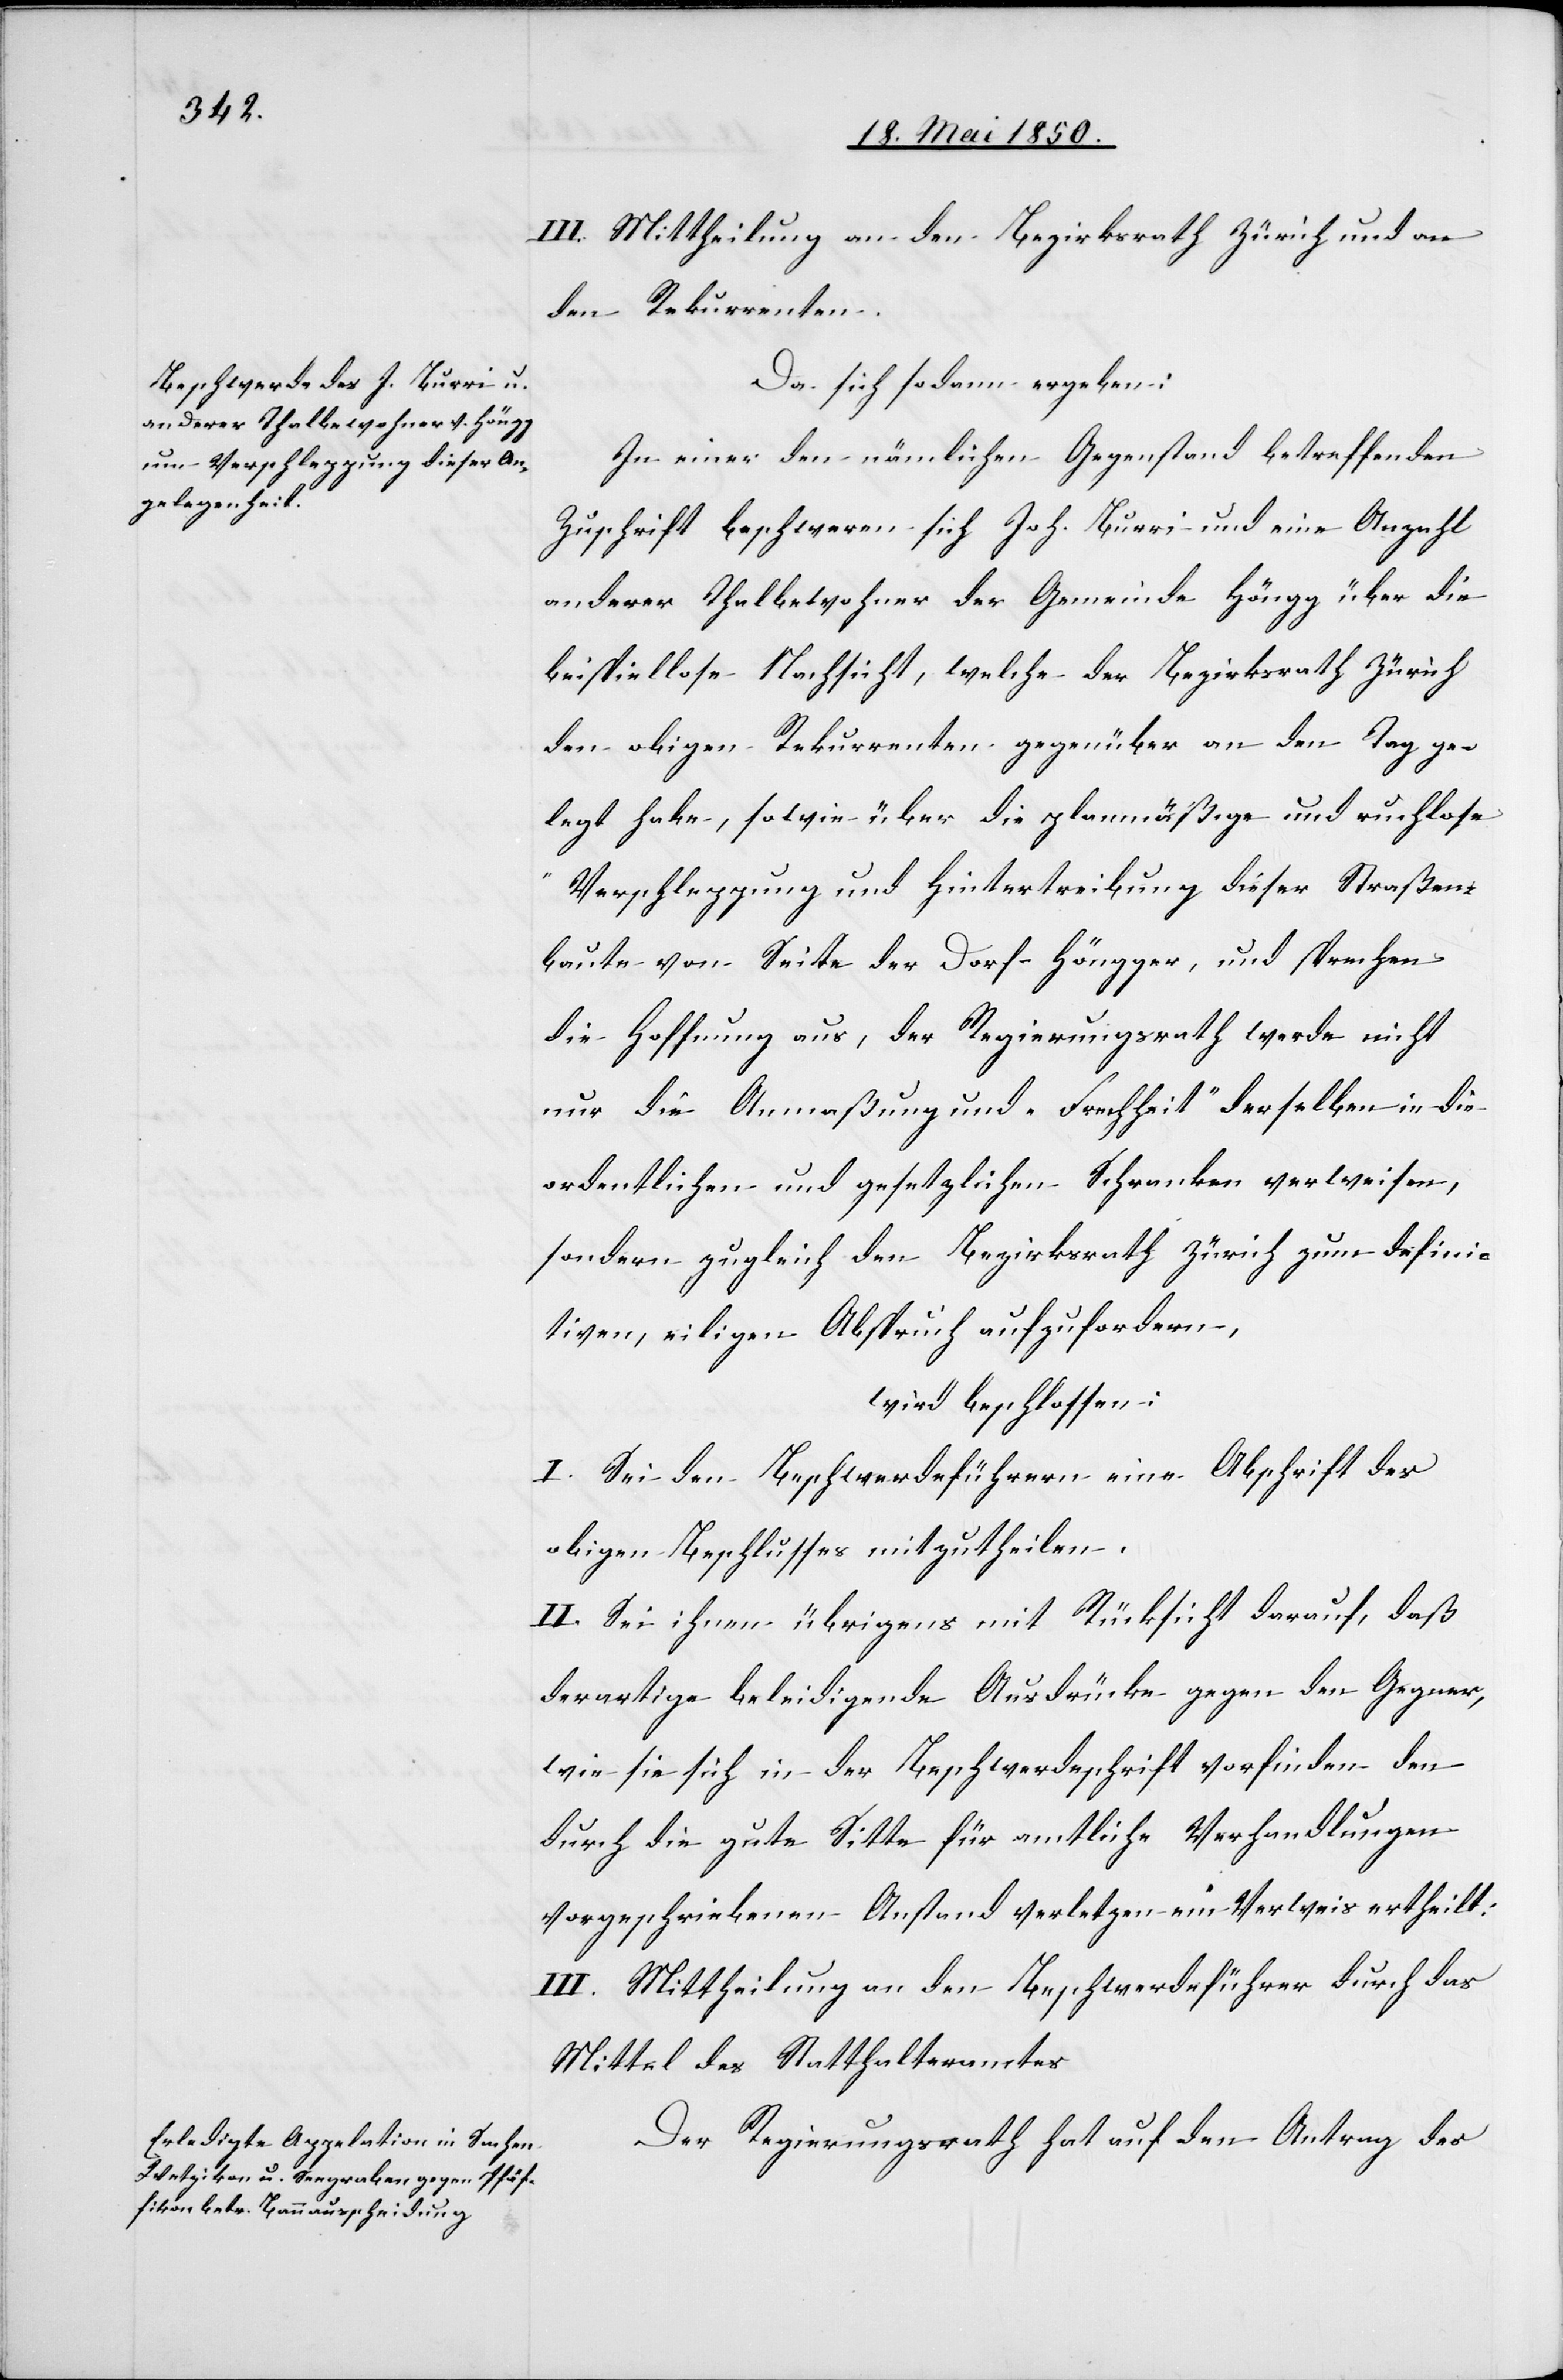
III. Mittheilung an den Bezirksrath Zürich und an
den Rekurrenten.
Da sich sodann ergeben:
In einer den nämlichen Gegenstand betreffenden
Zuschrift beschweren sich Joh. Burri und eine Anzahl
anderer Thalbewohner der Gemeinde Höngg über die
beispiellose Nachsicht, welche der Bezirksrath Zürich
den obigen Rekurrenten gegenüber an den Tag ge¬
legt habe, sowie über die planmäßige und ruchlose
„Verschleppung und Hintertreibung[“] dieser Straßen¬
baute von Seite der Dorf-Höngger, und sprechen
die Hoffnung aus, der Regierungsrath werde nicht
nur die Anmaßung und „Frechheit“ derselben in die
ordentlichen und gesetzlichen Schranken verweisen,
sondern zugleich den Bezirksrath Zürich zum defini¬
tiven, eiligen Abspruch aufzufordern
wird beschlossen:
I. Sei den Beschwerdeführern eine Abschrift des
obigen Beschlusses mitzutheilen.
II. Sei ihnen übrigens mit Rücksicht darauf, daß
derartige beleidigende Ausdrücke gegen den Gegner,
wie sie sich in der Beschwerdeschrift vorfinden den
durch die gute Sitte für amtliche Verhandlungen
vorgeschriebenen Anstand verletzten ein Verweis ertheilt.
III. Mittheilung an den Beschwerdeführer durch das
Mittel des Statthalteramtes.